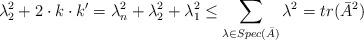
LaTeX: \begin{align*}\lambda_2^2 + 2\cdot k\cdot k' = \lambda_n^2 + \lambda_2^2 + \lambda_1^2 \leq \sum_{\lambda \in Spec(\bar A)} \lambda^2 = tr(\bar A^2)\end{align*}